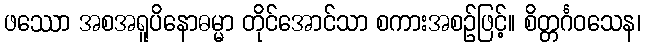
ဖဿော အစအရူပိနောဓမ္မာ တိုင်အောင်သာ စကားအစဉ်ဖြင့်။ စိတ္တင်္ဂဝသေန၊